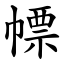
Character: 幖